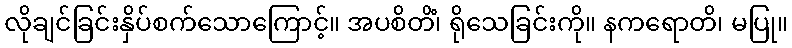
လိုချင်ခြင်းနှိပ်စက်သောကြောင့်။ အပစိတိံ၊ ရိုသေခြင်းကို။ နကရောတိ၊ မပြု။